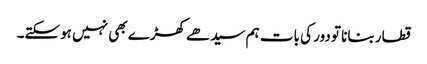
قطار بنانا تو دور کی بات ہم سیدھے کھڑے بھی نہیں ہوسکتے۔